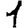
Digit: 1